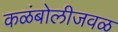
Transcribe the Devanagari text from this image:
कळंबोलीजवळ